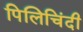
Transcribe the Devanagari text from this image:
पिलिचिंदी